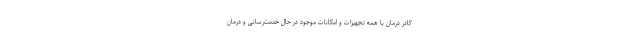
کادر درمان با همه تجهیزات و امکانات موجود در حال خدمت‌رسانی و درمان